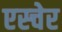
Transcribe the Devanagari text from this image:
एस्चेर